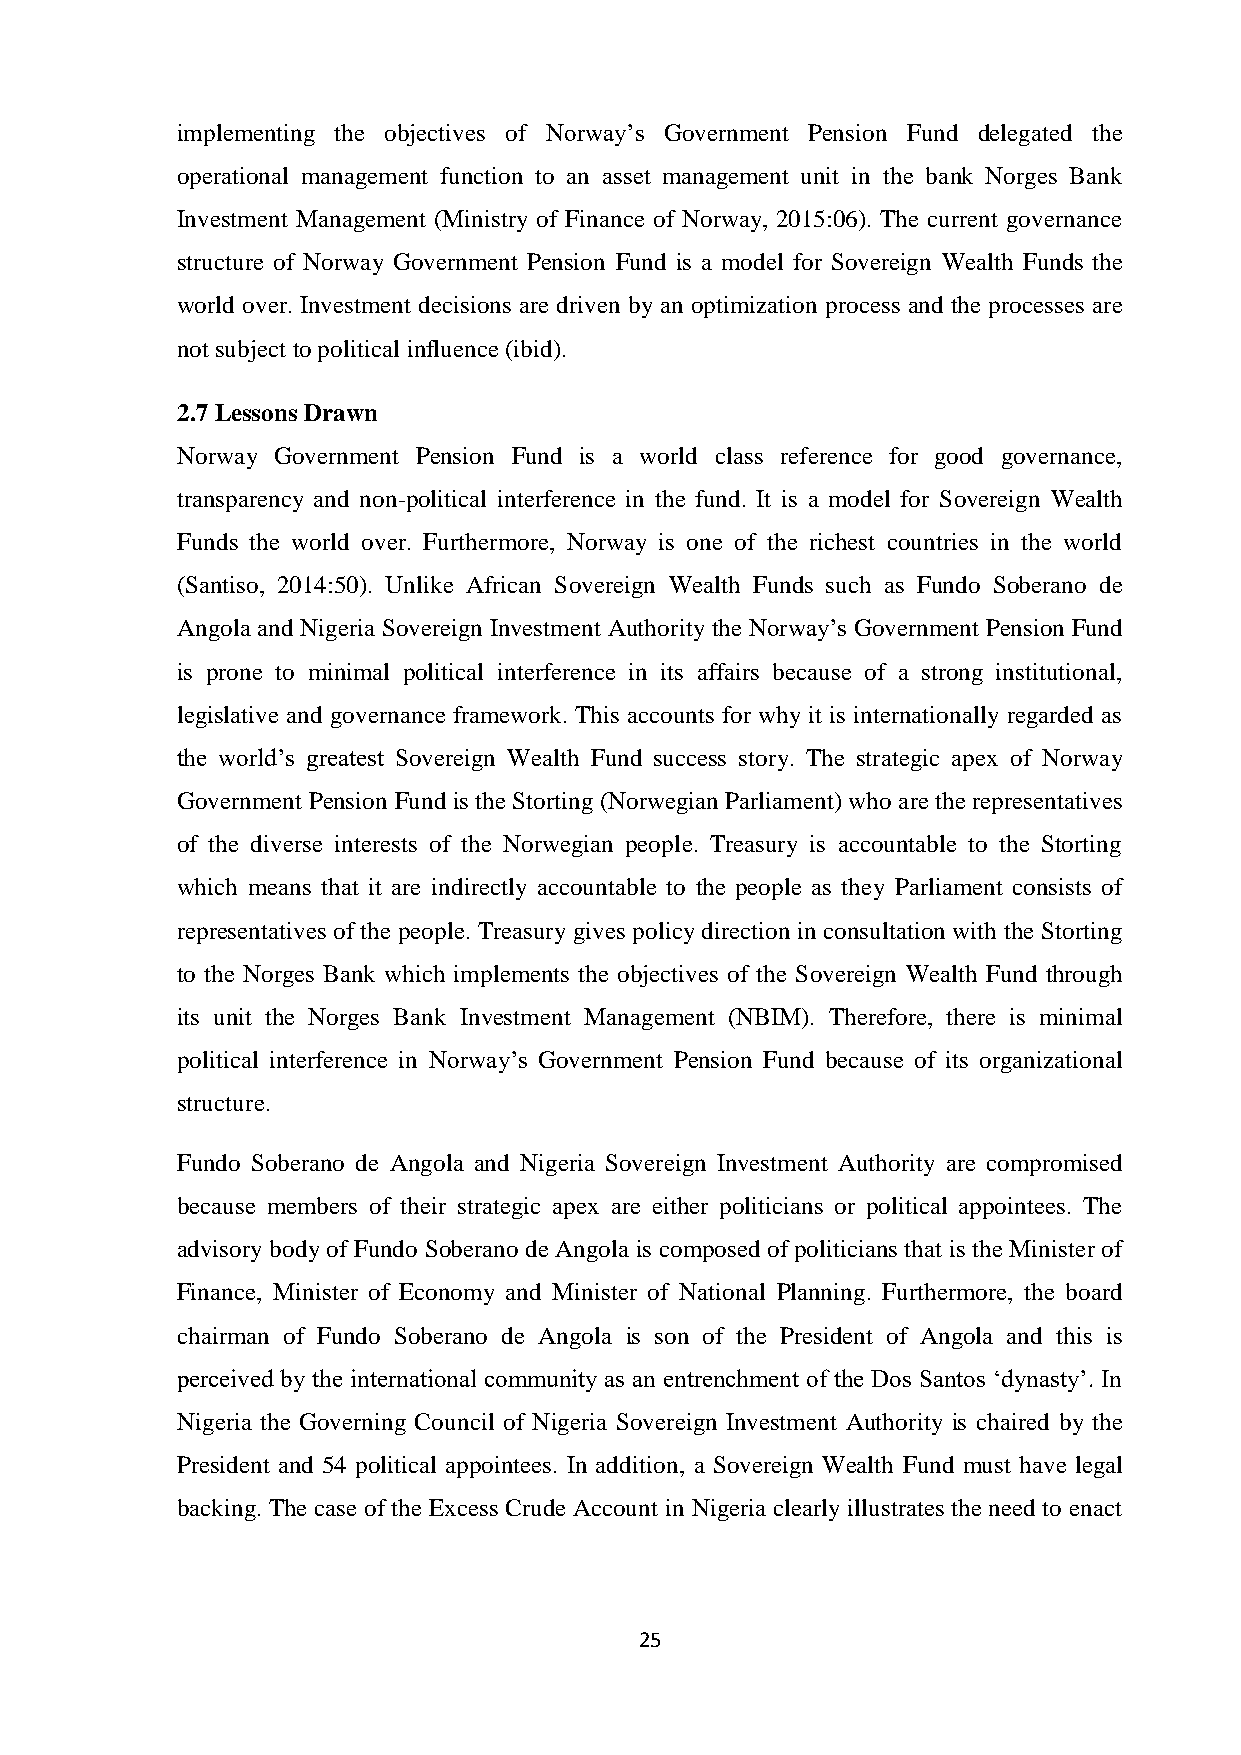
implementing the objectives of Norway’s Government Pension Fund delegated the
 operational management function to an asset management unit in the bank Norges Bank
 Investment Management (Ministry of Finance of Norway, 2015:06). The current governance
 structure of Norway Government Pension Fund is a model for Sovereign Wealth Funds the
 world over. Investment decisions are driven by an optimization process and the processes are
 not subject to political influence (ibid).
 2.7 Lessons Drawn
 Norway Government Pension Fund is a world class reference for good governance,
 transparency and non-political interference in the fund. It is a model for Sovereign Wealth
 Funds the world over. Furthermore, Norway is one of the richest countries in the world
 (Santiso, 2014:50). Unlike African Sovereign Wealth Funds such as Fundo Soberano de
 Angola and Nigeria Sovereign Investment Authority the Norway’s Government Pension Fund
 is prone to minimal political interference in its affairs because of a strong institutional,
 legislative and governance framework. This accounts for why it is internationally regarded as
 the world’s greatest Sovereign Wealth Fund success story. The strategic apex of Norway
 Government Pension Fund is the Storting (Norwegian Parliament) who are the representatives
 of the diverse interests of the Norwegian people. Treasury is accountable to the Storting
 which means that it are indirectly accountable to the people as they Parliament consists of
 representatives of the people. Treasury gives policy direction in consultation with the Storting
 to the Norges Bank which implements the objectives of the Sovereign Wealth Fund through
 its unit the Norges Bank Investment Management (NBIM). Therefore, there is minimal
 political interference in Norway’s Government Pension Fund because of its organizational
 structure.
 Fundo Soberano de Angola and Nigeria Sovereign Investment Authority are compromised
 because members of their strategic apex are either politicians or political appointees. The
 advisory body of Fundo Soberano de Angola is composed of politicians that is the Minister of
 Finance, Minister of Economy and Minister of National Planning. Furthermore, the board
 chairman of Fundo Soberano de Angola is son of the President of Angola and this is
 perceived by the international community as an entrenchment of the Dos Santos ‘dynasty’. In
 Nigeria the Governing Council of Nigeria Sovereign Investment Authority is chaired by the
 President and 54 political appointees. In addition, a Sovereign Wealth Fund must have legal
 backing. The case of the Excess Crude Account in Nigeria clearly illustrates the need to enact
 25